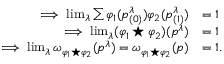
\begin{array} { r l } { \implies \operatorname* { l i m } _ { \lambda } \sum \varphi _ { 1 } ( p _ { ( 0 ) } ^ { \lambda } ) \varphi _ { 2 } ( p _ { ( 1 ) } ^ { \lambda } ) } & { = 1 } \\ { \implies \operatorname* { l i m } _ { \lambda } ( \varphi _ { 1 } \star \varphi _ { 2 } ) ( p ^ { \lambda } ) } & { = 1 } \\ { \implies \operatorname* { l i m } _ { \lambda } \omega _ { \varphi _ { 1 } \star \varphi _ { 2 } } ( p ^ { \lambda } ) = \omega _ { \varphi _ { 1 } \star \varphi _ { 2 } } ( p ) } & { = 1 . } \end{array}